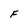
Character: F